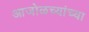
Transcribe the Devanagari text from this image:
आजोळच्यांच्या